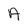
Character: A